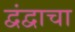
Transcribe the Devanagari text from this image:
द्वंद्वाचा